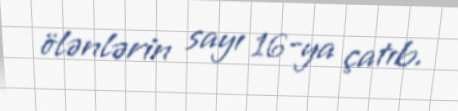
ölənlərin sayı 16-ya çatıb.